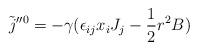
LaTeX: \begin{align*}\tilde{j}''^{0}=-\gamma (\epsilon_{ij}x_{i}J_{j}-\frac{1}{2}r^{2}B)\end{align*}